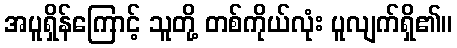
အပူရှိန်ကြောင့် သူတို့ တစ်ကိုယ်လုံး ပူလျက်ရှိ၏။